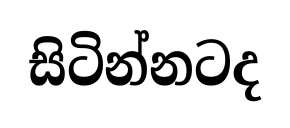
සිටින්නටද